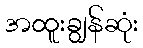
အထူးချွန်ဆုံး